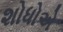
શોધોએ